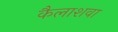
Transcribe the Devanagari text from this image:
कैलाशवा